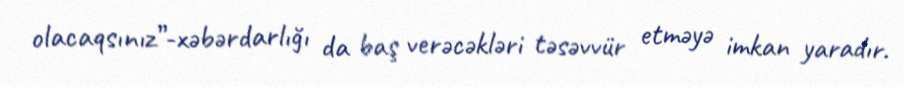
olacaqsınız”-xəbərdarlığı da baş verəcəkləri təsəvvür etməyə imkan yaradır.